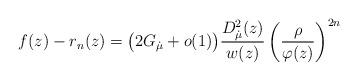
LaTeX: \begin{align*}f(z)-r_n(z) = \big(2G_{\dot\mu}+o(1)\big)\frac{D_{\dot\mu}^2(z)}{w(z)}\left(\frac\rho{\varphi(z)}\right)^{2n}\end{align*}